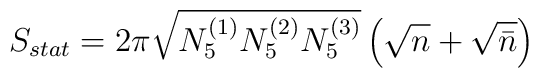
S_{stat} = 2\pi \sqrt{N_5^{(1)} N_5^{(2)} N_5^{(3)}} \left(\sqrt{n} +\sqrt{\bar{n}}\right)